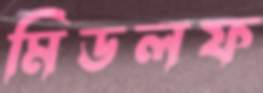
মিডলফ